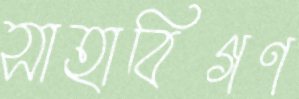
সাহাবিগণ